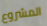
المشروع